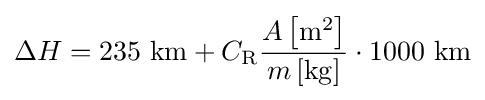
\Delta {H}=235{\mbox{ km}}+C_{\mathrm {R} }{\frac {A\left[\mathrm {m} ^{2}\right]}{m\left[\mathrm {kg} \right]}}\cdot 1000{\mbox{ km}}